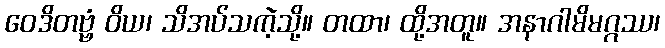
ဝေဒိတဗ္ဗံ ဝိယ၊ သိအပ်သကဲ့သို့။ တထာ၊ ထို့အတူ။ အနာဂါမိမဂ္ဂဿ၊